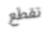
تقطع